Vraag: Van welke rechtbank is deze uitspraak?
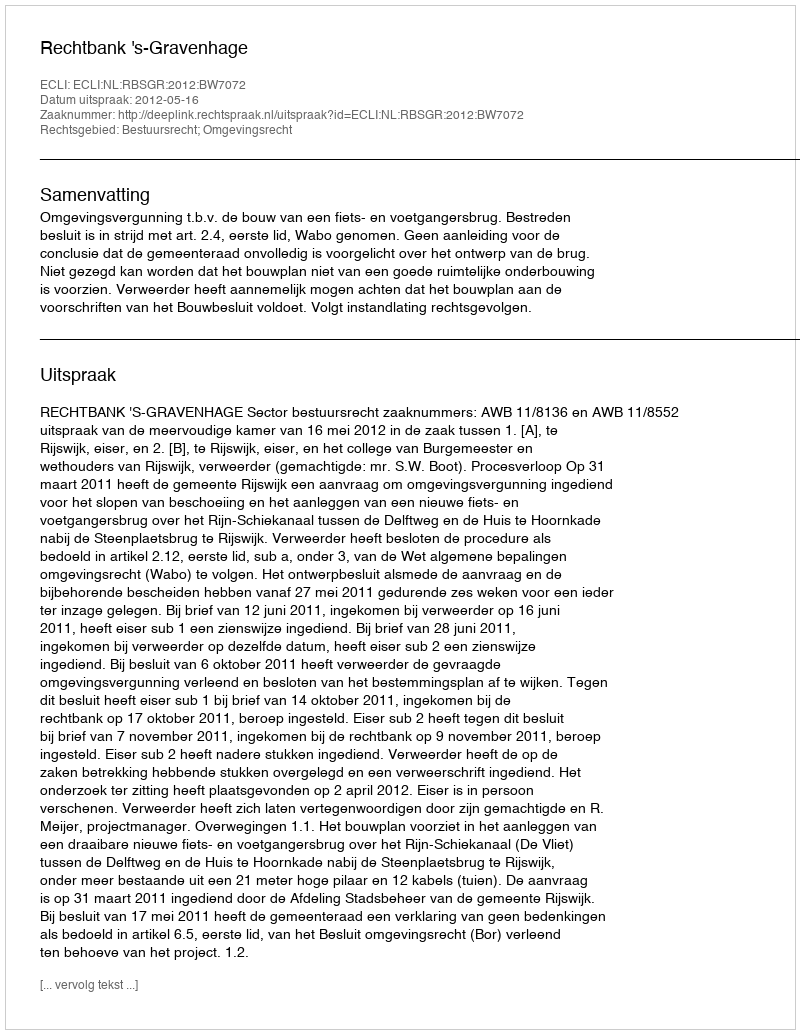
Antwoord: Rechtbank 's-Gravenhage